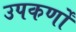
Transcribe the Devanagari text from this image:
उपकर्णों